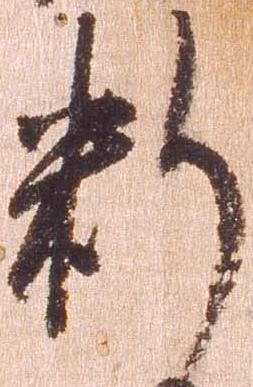
料